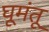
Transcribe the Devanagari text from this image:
घूमंतू